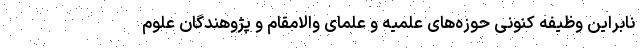
نابراین وظیفه کنونی حوزه‌های علمیه و علمای والامقام و پژوهندگان علوم